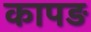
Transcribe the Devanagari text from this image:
कापड़